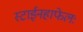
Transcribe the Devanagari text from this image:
स्टाईनहाफेलः